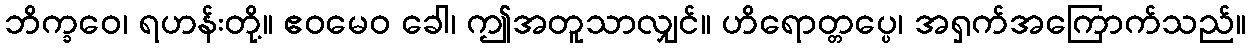
ဘိက္ခဝေ၊ ရဟန်းတို့။ ဧဝမေဝ ခေါ၊ ဤအတူသာလျှင်။ ဟိရောတ္တပ္ပေ၊ အရှက်အကြောက်သည်။